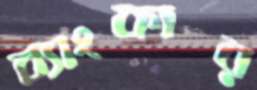
ব্যাংকার